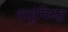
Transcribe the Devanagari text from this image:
शाहूंविरुद्घ